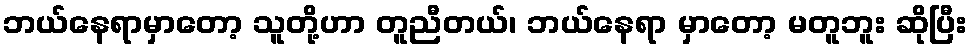
ဘယ်နေရာမှာတော့ သူတို့ဟာ တူညီတယ်၊ ဘယ်နေရာ မှာတော့ မတူဘူး ဆိုပြီး